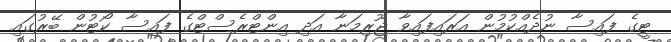
ޓީގެ ފައިސާ ނުދެއްކުމުން އަރައިފައިވާ ޖޫރިމަނާ އަދި އިންޓްރެސްޓްގެ ފައިސާ ކޯޓުން ބޭރުގައި